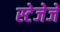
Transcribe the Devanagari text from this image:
स्टेजेजे